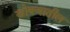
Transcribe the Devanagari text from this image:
खोक्यातील